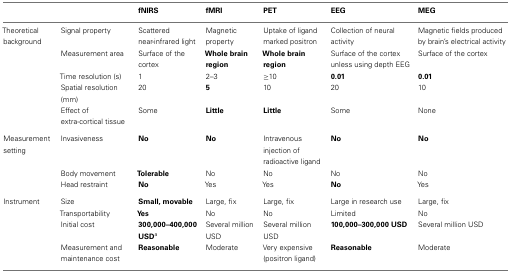
| <COLSPAN=2>  | fNIRS | fMRI | PET | EEG | MEG |
 | --- | --- | --- | --- | --- | --- | --- |
 | Theoretical background | Signal property | Scattered near-infrared light | Magnetic property | Uptake of ligand marked positron | Collection of neural activity | Magnetic fields produced by brain’s electrical activity |
 |  | Measurement area | Surface of the cortex | Whole brain region | Whole brain region | Surface of the cortex unless using depth EEG | Surface of the cortex |
 |  | Time resolution (s) | 1 | 2–3 | ≥10 | 0.01 | 0.01 |
 |  | Spatial resolution (mm) | 20 | 5 | 10 | 20 | 10 |
 |  | Effect of extra-cortical tissue | Some | Little | Little | Some | None |
 | Measurement setting | Invasiveness | No | No | Intravenous injection of radioactive ligand | No | No |
 |  | Body movement | Tolerable | No | No | No | No |
 |  | Head restraint | No | Yes | Yes | No | Yes |
 | Instrument | Size | Small, movable | Large, fix | Large, fix | Large in research use | Large, fix |
 |  | Transportability | Yes | No | No | Limited | No |
 |  | Initial cost | 300,000–400,000 USDa | Several million USD | Several million USD | 100,000–300,000 USD | Several million USD |
 |  | Measurement and maintenance cost | Reasonable | Moderate | Very expensive (positron ligand) | Reasonable | Moderate |